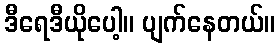
ဒီရေဒီယိုပေါ့။ ပျက်နေတယ်။